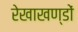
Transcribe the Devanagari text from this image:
रेखाखण्डों